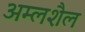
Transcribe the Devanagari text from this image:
अम्लशैल